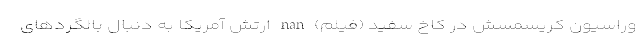
وراسیون کریسمسش در کاخ سفید (فیلم) nan ارتش آمریکا به دنبال بالگردهای